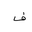
Letter: _fa